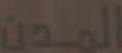
المدن